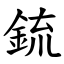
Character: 鋶